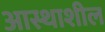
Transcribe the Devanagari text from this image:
आस्थाशील